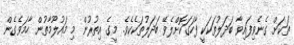
ތަކަށް ގެނެވިފައިވާ ބަދަލުތަކަކީ ފާހަގަކޮށްލެވޭ ބަދަލުތަކެކެވެ. މީގެ އިތުރުން މި މައުލޫމާތުން ހާމަވެގެން